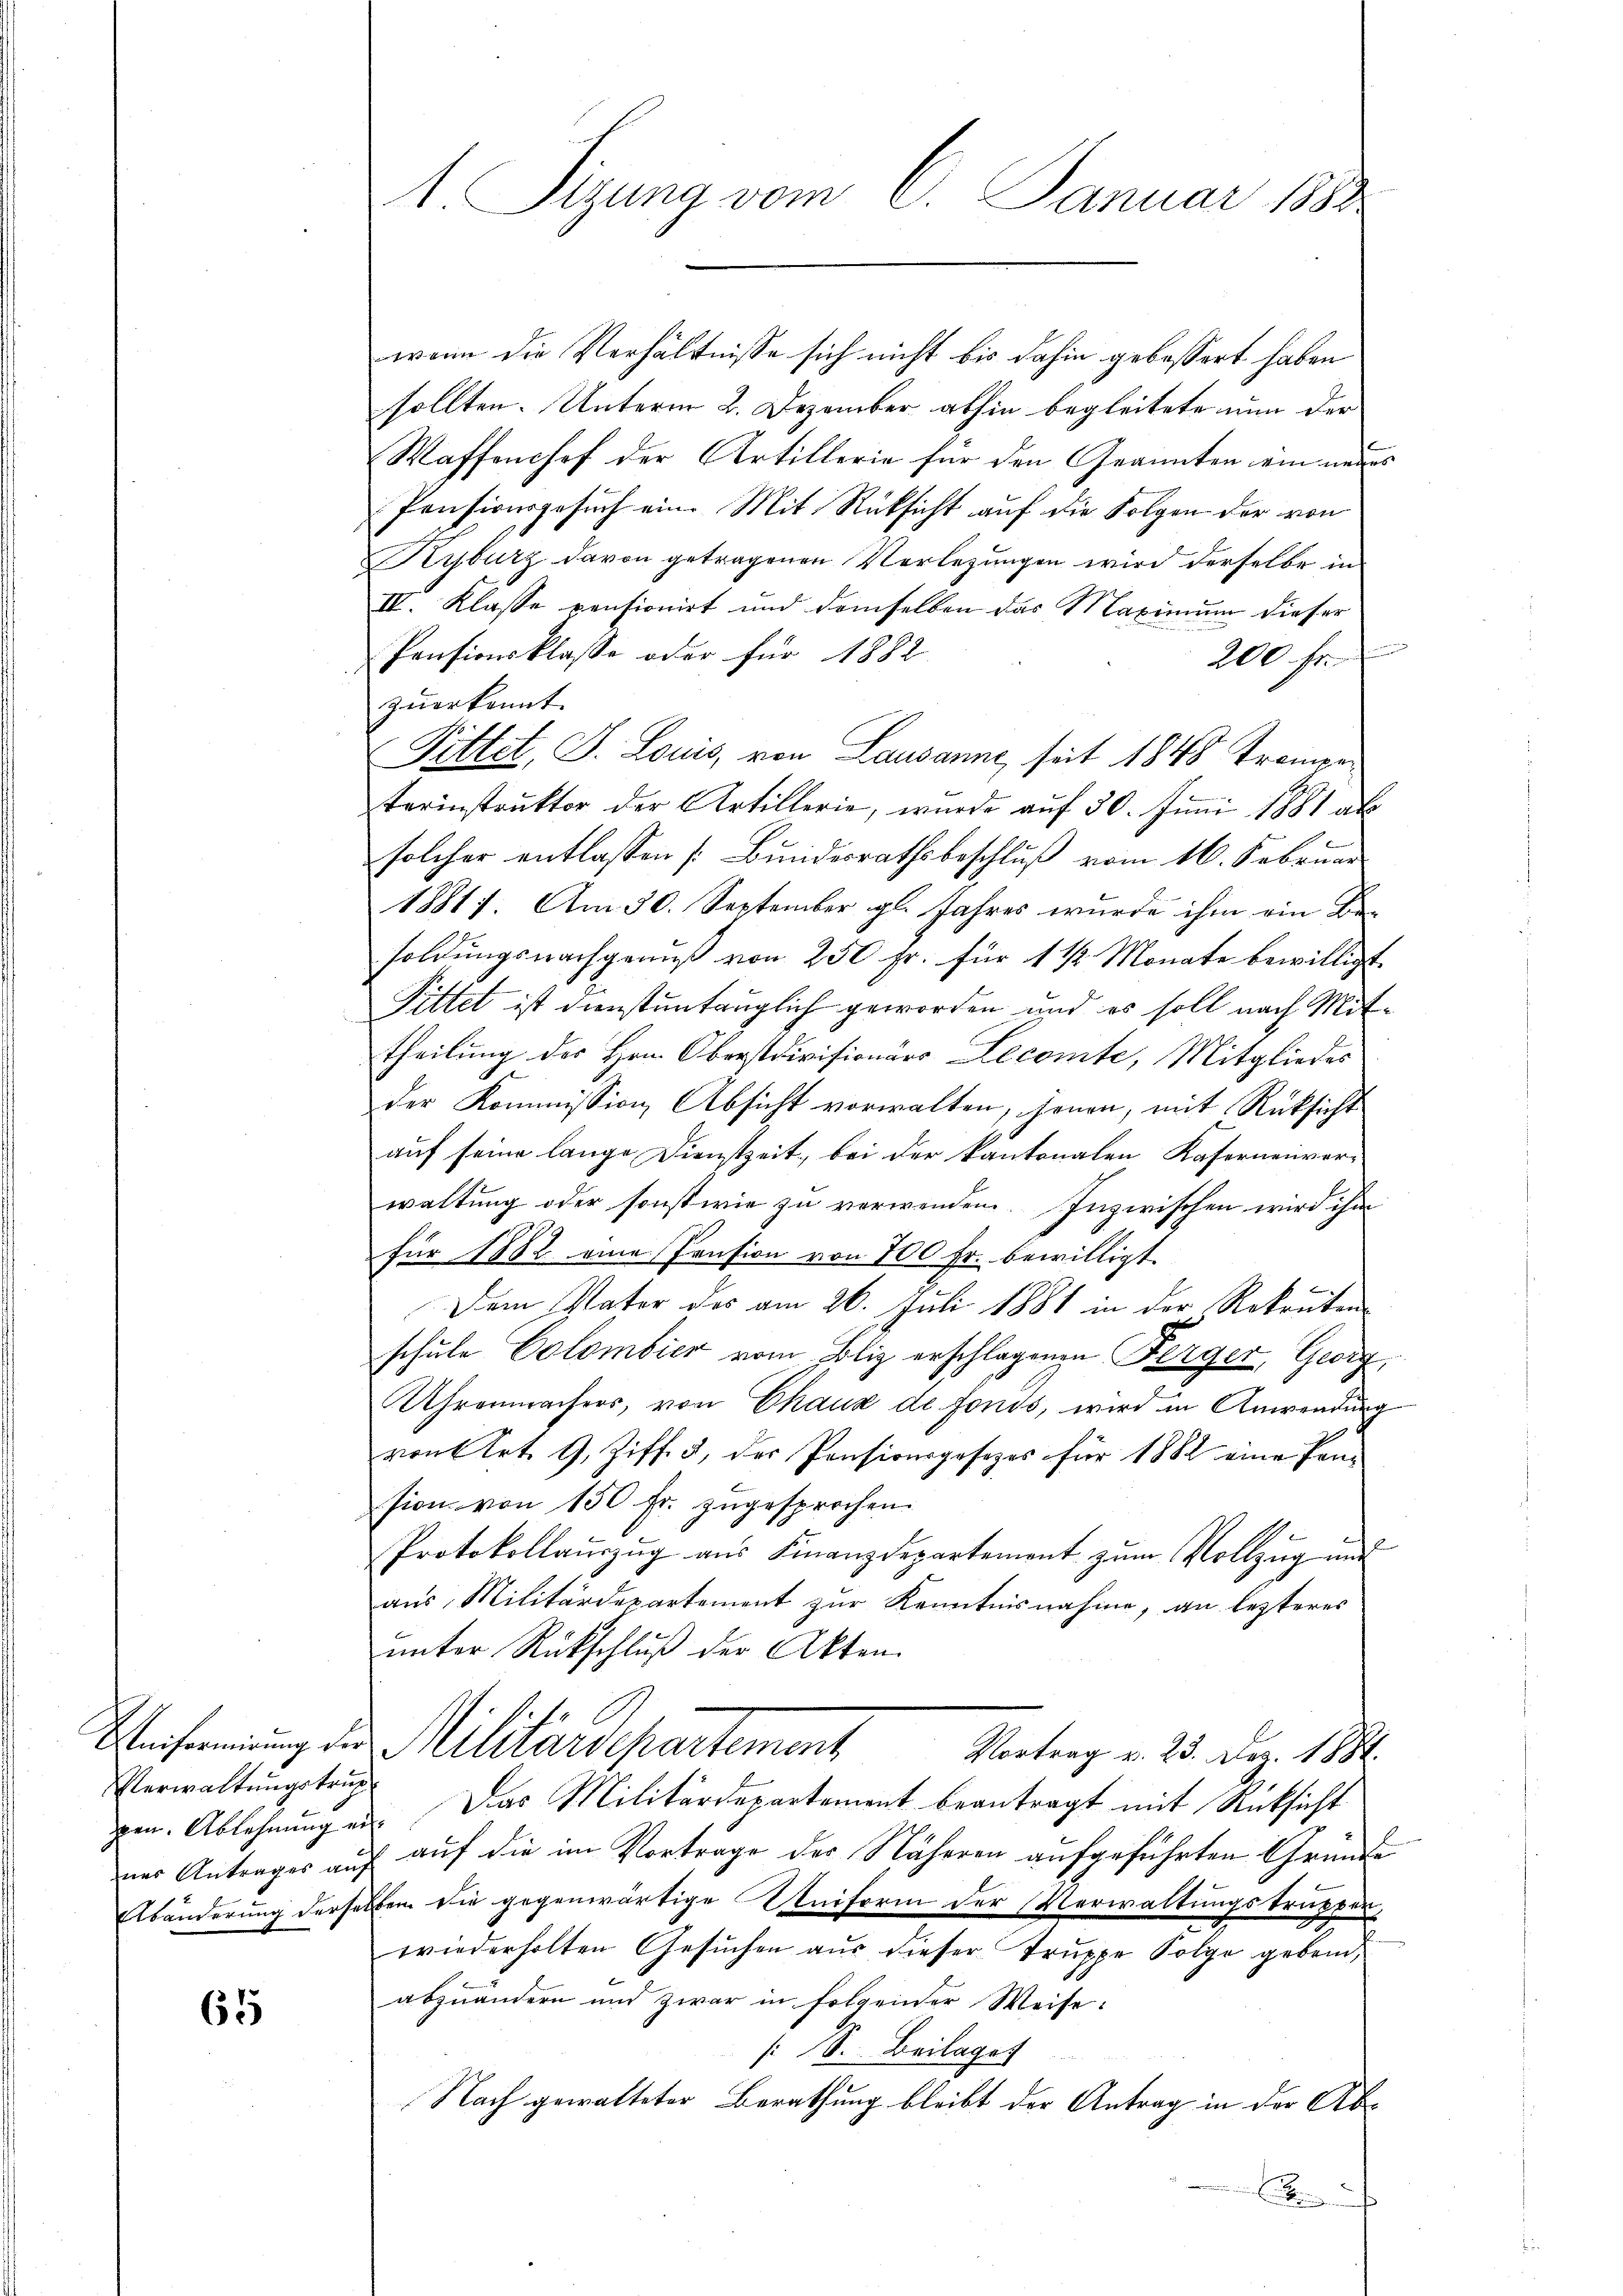
Verwaltungstru

65

1. Sizung vom 6. Januar 1890

wenn die Verhältnisse sich nicht bis dahin gebessert haben
sollten. Unterm 2. Dezember abhin begleitete nun der
Waffenchef der Artillerie für den Geannten ein neue
Pensionsgesuch ein. Mit Rücksicht auf die Folgen der von
Kyburz davon getragenen Verlegungen wird derselbe in
IV. Klasse pensionirt und demselben das Maximum dieser
Pensionsklasse oder für 1882
200 fr.
zŭerkannt.
Pittet, J. Louis, von Lausanne, seit 1848 Tromen
terinstruktor der Artillerie, wurde auf 30. Juni 1881 als
solcher entlassen [Bundesrathsbeschluß vom 16. Februar
18817. Am 30. September gl. Jahres wurde ihm ein Be-
soldungsnachgenuß von 250 fr. für 1 1/2 Monate bewilligt.
Pittet ist dienstuntauglich geworden und es soll nach Mit
theilung des Hrn. Oberstdivisionärs Lecomte, Mitgliedes
der Kommission Absicht vorwalten, jenen, mit Rücksicht
auf seine lange Dienstzeit, bei der kantonalen Kafernenvor-
waltung oder sonstwie zu verwenden. Inzwischen wird ihm
für 1882 eine Pension von 700 Fr. bewilligt.
c
Dem Vater des am 26. Juli 1881 in der Rekruten
schule Colombier vom Bliz erschlagenen Perger, Georg
Uhrenmachers, von Chaux de fonds, wird in Anwendung
von 6 Art. 9, Ziff. 3, der Pensionsgesezes für 1882 eine Pen-
sion von 150 fr. zugesprochen.
Protokollauszug aus Finanzdepartement zum Vollzug und
aus Militärdepartement zur Kenntnisnahme, an lezteres
unter Rückschluß der Akten.
Weisung der Militärdepartement
Vortrag v. 23. Dez. 1884.
zen. Ablehnungen. Das Militärdepartement beantragt mit Rücksicht
nes Antrages auf auf die im Vortrage der Näheren aufgeführten Gründe
Abänderung derselben die gegenwärtige Uniform der Verwaltungstruppen-
wiederholten Gesuchen aus dieser Truppe Folge geben,
abzuändern und zwar in folgender Weise:
: S. Beilages
Nach gewalteter Berathung bleibt der Antrag in der Abnd in